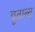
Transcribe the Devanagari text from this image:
वृतान्त्